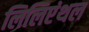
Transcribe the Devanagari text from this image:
लिलिएंथल